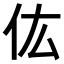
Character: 𠆽